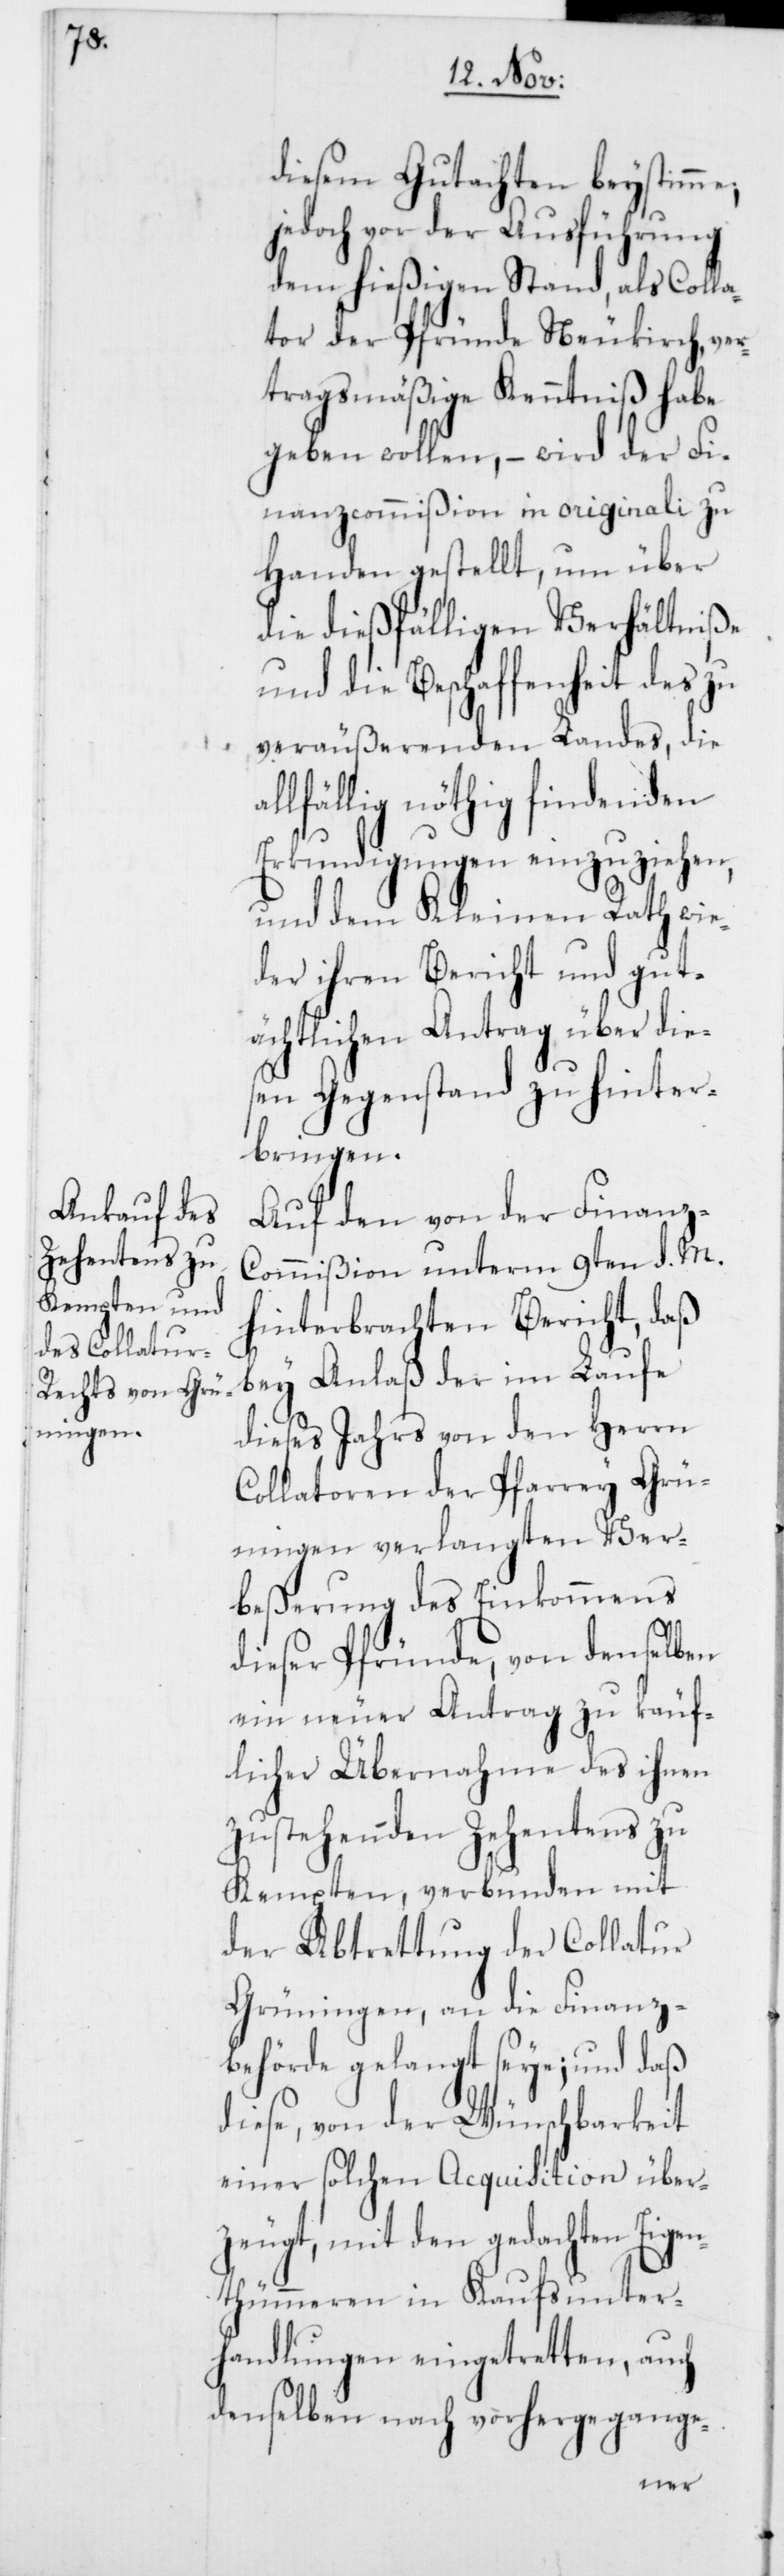
diesem Gutachten beystimme,
jedoch vor der Ausführung
dem hießigen Stand, als Colla¬
tor der Pfründe Neukirch, ver¬
tragsmäßige Kenntniß habe
geben wollen, – wird der Fi¬
nanzcommißion in originali zu
Handen gestellt, um über
die dießfälligen Verhältniße
und die Beschaffenheit des zu
veräußerenden Landes, die
allfällig nöthig findenden
Erkundigungen einzuziehen,
und dem Kleinen Rath wie¬
der ihren Bericht und gut¬
ächtlichen Antrag über die¬
sen Gegenstand zu hinter¬
bringen.
Auf den von der Finan¬
z-Commißion unterm 9ten d. M.
hinterbrachten Bericht, daß
bey Anlaß der im Laufe
dieses Jahrs von den Herrn
Collatoren der Pfarrey Grü¬
ningen verlangten Ver¬
beßerung des Einkommens
dieser Pfründe, von denselben
ein neuer Antrag zu käuf¬
licher Übernahme des ihnen
zustehenden Zehentens zu
Kempten, verbunden mit
der Abtrettung der Collatur
Grüningen, an die Finanz¬
behörde gelangt seye; und daß
diese, von der Wünschbarkeit
einer solchen Acquisition über¬
zeugt, mit den gedachten Eige¬
ntümmeren in Kaufsunter¬
handlungen eingetretten, auch
denselben nach vorhergegange-